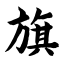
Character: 旗